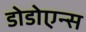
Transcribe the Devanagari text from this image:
डोडोएन्स